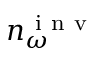
n _ { \omega } ^ { \mathrm { ~ i ~ n ~ v ~ } }